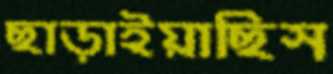
ছাড়াইয়াছিস